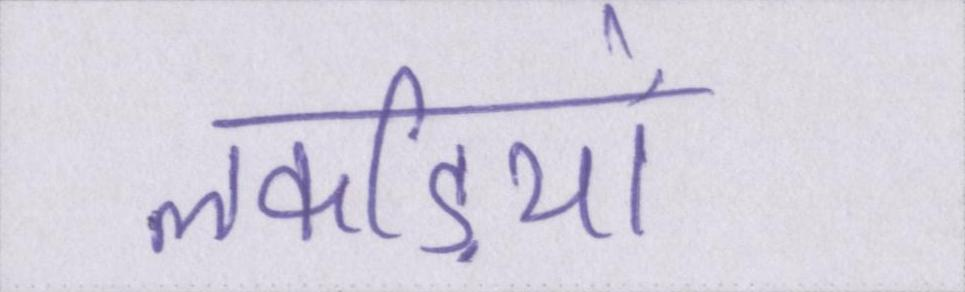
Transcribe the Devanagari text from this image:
लकड़ियों